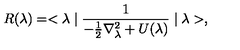
R ( \lambda ) = < \lambda \mid \frac { 1 } { - \frac { 1 } { 2 } \nabla _ { \lambda } ^ { 2 } + U ( \lambda ) } \mid \lambda > ,